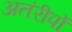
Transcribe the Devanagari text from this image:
अतंरीपों